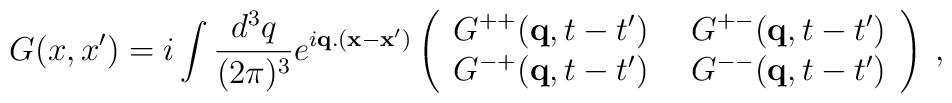
G(x,x') = i \int \frac{d^3 q}{(2 \pi)^3} e^{i {\bf q} . ({\bf x} - {\bf x}')}\left(\begin{array}{ll}G^{++}({\bf q}, t- t') & \:\: G^{+-}({\bf q}, t-t') \\G^{-+}({\bf q}, t- t') & \:\: G^{--}({\bf q}, t-t')\end{array}\right) \: ,